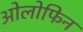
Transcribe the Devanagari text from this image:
ओलोफिन